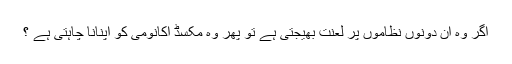
اگر وہ ان دونوں نظاموں پر لعنت بھیجتی ہے تو پھر وہ مکسڈ اکانومی کو اپنانا چاہتی ہے ؟